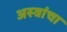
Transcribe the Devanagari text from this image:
अस्त्रांचा